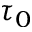
\tau _ { 0 }